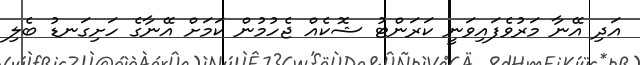
އަދި އޭނާ މަރުވެފައިވަނީ ކަރަންޓު ޝޮކެއް ޖެހުމުން ކަމަށް އޭނާގެ ހަށިގަނޑު ބެލި